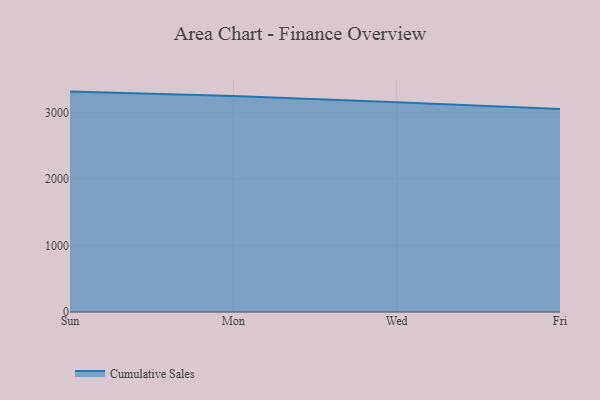
{"axis": {"x": "Day", "y": "Headcount"}, "legend": ["Cumulative Sales"], "data": [{"x": "Sun", "y": 3321.2, "type": "Cumulative Sales"}, {"x": "Mon", "y": 3255.1, "type": "Cumulative Sales"}, {"x": "Wed", "y": 3159.7, "type": "Cumulative Sales"}, {"x": "Fri", "y": 3059.2, "type": "Cumulative Sales"}]}